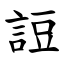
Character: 䛠